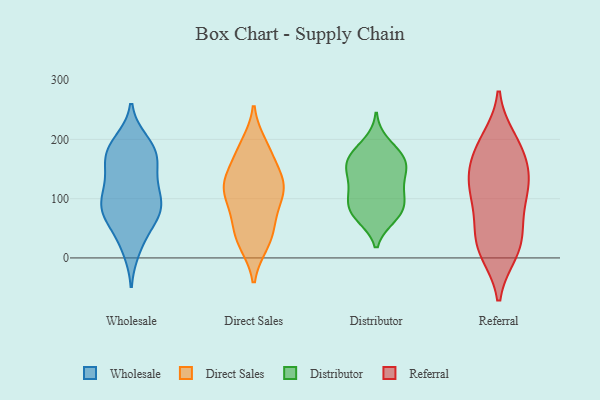
{"axis": {"x": "Population (Million)", "y": "Value"}, "legend": ["Direct Sales", "Distributor", "Referral", "Wholesale"], "data": [{"x": "", "y": 176, "type": "Wholesale"}, {"x": "", "y": 88, "type": "Wholesale"}, {"x": "", "y": 121, "type": "Wholesale"}, {"x": "", "y": 77, "type": "Wholesale"}, {"x": "", "y": 73, "type": "Wholesale"}, {"x": "", "y": 88, "type": "Wholesale"}, {"x": "", "y": 26, "type": "Wholesale"}, {"x": "", "y": 67, "type": "Wholesale"}, {"x": "", "y": 192, "type": "Wholesale"}, {"x": "", "y": 118, "type": "Wholesale"}, {"x": "", "y": 163, "type": "Wholesale"}, {"x": "", "y": 110, "type": "Wholesale"}, {"x": "", "y": 166, "type": "Wholesale"}, {"x": "", "y": 87, "type": "Wholesale"}, {"x": "", "y": 196, "type": "Wholesale"}, {"x": "", "y": 136, "type": "Wholesale"}, {"x": "", "y": 173, "type": "Wholesale"}, {"x": "", "y": 15, "type": "Wholesale"}, {"x": "", "y": 179, "type": "Wholesale"}, {"x": "", "y": 64, "type": "Wholesale"}, {"x": "", "y": 120, "type": "Direct Sales"}, {"x": "", "y": 129, "type": "Direct Sales"}, {"x": "", "y": 172, "type": "Direct Sales"}, {"x": "", "y": 191, "type": "Direct Sales"}, {"x": "", "y": 102, "type": "Direct Sales"}, {"x": "", "y": 64, "type": "Direct Sales"}, {"x": "", "y": 124, "type": "Direct Sales"}, {"x": "", "y": 76, "type": "Direct Sales"}, {"x": "", "y": 25, "type": "Direct Sales"}, {"x": "", "y": 129, "type": "Direct Sales"}, {"x": "", "y": 32, "type": "Direct Sales"}, {"x": "", "y": 55, "type": "Direct Sales"}, {"x": "", "y": 188, "type": "Direct Sales"}, {"x": "", "y": 115, "type": "Direct Sales"}, {"x": "", "y": 111, "type": "Direct Sales"}, {"x": "", "y": 24, "type": "Direct Sales"}, {"x": "", "y": 157, "type": "Direct Sales"}, {"x": "", "y": 177, "type": "Distributor"}, {"x": "", "y": 73, "type": "Distributor"}, {"x": "", "y": 68, "type": "Distributor"}, {"x": "", "y": 126, "type": "Distributor"}, {"x": "", "y": 100, "type": "Distributor"}, {"x": "", "y": 142, "type": "Distributor"}, {"x": "", "y": 150, "type": "Distributor"}, {"x": "", "y": 163, "type": "Distributor"}, {"x": "", "y": 98, "type": "Distributor"}, {"x": "", "y": 195, "type": "Distributor"}, {"x": "", "y": 80, "type": "Distributor"}, {"x": "", "y": 69, "type": "Distributor"}, {"x": "", "y": 119, "type": "Distributor"}, {"x": "", "y": 165, "type": "Distributor"}, {"x": "", "y": 151, "type": "Distributor"}, {"x": "", "y": 173, "type": "Distributor"}, {"x": "", "y": 98, "type": "Distributor"}, {"x": "", "y": 125, "type": "Referral"}, {"x": "", "y": 32, "type": "Referral"}, {"x": "", "y": 77, "type": "Referral"}, {"x": "", "y": 118, "type": "Referral"}, {"x": "", "y": 56, "type": "Referral"}, {"x": "", "y": 22, "type": "Referral"}, {"x": "", "y": 192, "type": "Referral"}, {"x": "", "y": 177, "type": "Referral"}, {"x": "", "y": 108, "type": "Referral"}, {"x": "", "y": 10, "type": "Referral"}, {"x": "", "y": 11, "type": "Referral"}, {"x": "", "y": 171, "type": "Referral"}, {"x": "", "y": 137, "type": "Referral"}, {"x": "", "y": 199, "type": "Referral"}, {"x": "", "y": 131, "type": "Referral"}]}